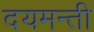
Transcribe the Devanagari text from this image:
दयमन्ती